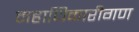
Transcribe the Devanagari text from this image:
महाधिकारीगण